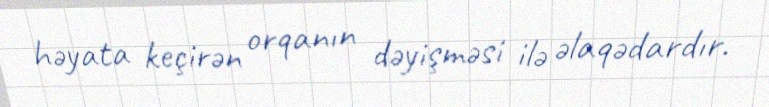
həyata keçirən orqanın dəyişməsi ilə əlaqədardır.